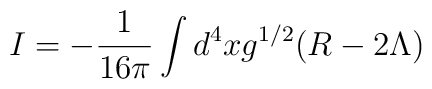
I = -{1\over 16\pi} \int d^4x g^{1/2}(R-2\Lambda )